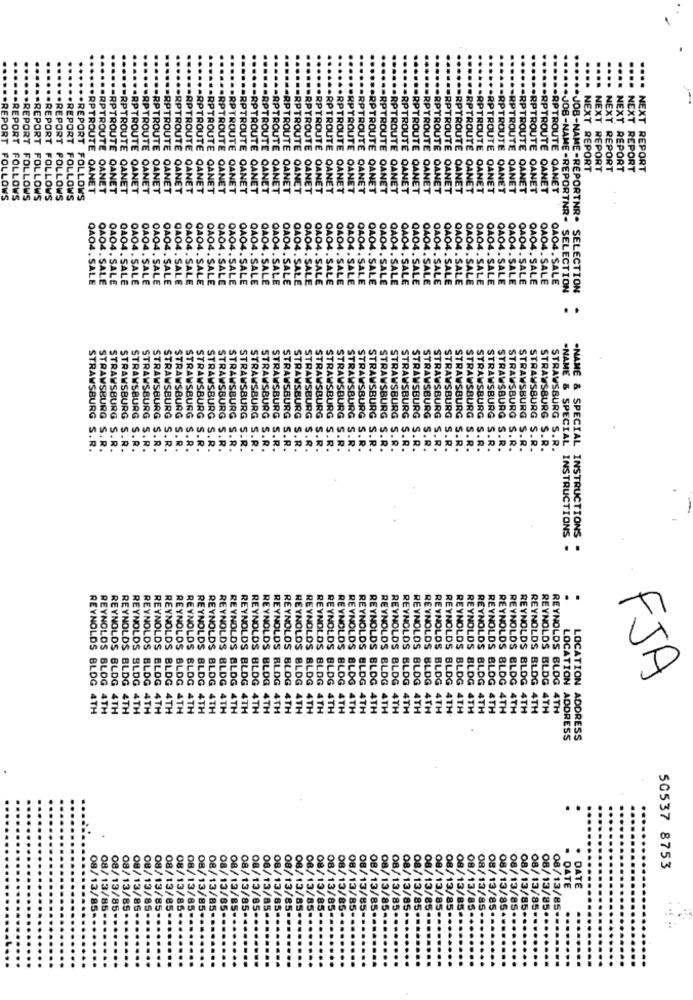
..
....
....
PORT
REPORT
.. REPORT
.. REPORT
.. REPORT
.REPORT
. REPORT
.. REPORT
.RPTROUTE
.RPTROUTE
-RPTROUTE
-RPTROUTE
RPTROUTE
.RPTROUTE
.RPTROUTE
.RPTROUTE
.RPTROUTE
.. RPTROUTE
.RPTROUTE
.RPTROUTE
.RPTROUTE
-RPTROUTE
== RPTROUTE
.- RPTROUTE
.RPTROUTE
-RPTROUTE
.RPTROUTE
.RPTROUTE
.RPTROUTE
.RPTROUTE
.RPTROUTE
.RPTROUTE
.. RPTROUTE
RPTROUTE
.RPTROUTE
-RPTROUTE
.RPTROUTE
.. RPTROUTE
.RPTROUTE
RPTROUTE
.RPTROUTE
.... NEXT REPORT
NEXT REPORT
.... NEXT REPORT
.... NEXT REPORT
NEXT REPORT
.... NEXT REPORT
OANET
OANET
QANET
QANET
QANET
OANET
OANET
QANET
OANET
QANET
QANET
QANET
OANET
OANET
OANET
QANET
OANET
OANET
OANET
DANET
OANET
OANET
OANET
OANET
QANET
QANET
QANET
OANET
OANET
OANET
.RPTROUTE OANET
RPTROUTE OANET
QANET
OANET
OANET
.RPTROUTE OANET
...... RPTROUTE CANET
...... RPTROUTE QANET
FOLLOWS
FOLLOWS
FOLLOWS
FOLLOWS
FOLLOWS
POLLOWS
FOLLOWS
FOLLOWS
.RPTROUTE OANET
.. RPTROUTE OANET
.. RPTROUTE QANET
.....- RPTROUTE QANET
.- RPTROUTE QANET
.- RPTROUTE OANET
OA
QAO4. S
SAL
QAO4. SALE
4. SALE
0AO4. SALE
OAO4. SALE
OAO4. SALE
OAO4 . SALE
QAO4. SALE
OAO4. SALE
QAO4. SALE
OAO4. SALE
QAO4 . SALE
OAO4 . SALE
OAO4. SALE
QAO4. SALE
QAO4. SALE
OAO4. SALE
QAO4. SALE
0404, SALE
OAO4. SALE
QAO4. SALE
QAO4 . SALE
QAO4. SALE
QAO4. SALE
4. SALE
QAO4. SALE
OAO4. SALE
QAO4. SALE
OAO4. SALE
OAO4, SALE
QAO4. SALE
OAO4. SALE
OAO4. SALE
0AO4. SALE
OAO4. SALE
QAO4. SALE
9AO4 . SALE
0AO4. SALE
0A04. SALE
OAO4. SALE
OAO4. SALE
OAO4. SALE
OAO4. SALE
0A04. SALE
...... JOB-NAME-REPORTNR- SELECTION
****** JOB-NAME-REPORTNR* SELECTION
.
STRAWSBURG
STRAWSBURG
STRAWSBURG
STRAWSBURG
STRAWSBURG
STRAWSBURG
STRAWSBURG
STRAWSBURG
STRAWSBURG
STRAWSBURG
STRAWSBURG
STRAWSBURG
STRAWSBURG
STRAWSBURG
STRAWSBURG
STRAWSBURG
STRAWSBURG
STRAWSBURG
STRAWSBURG
STRAWSBURG
STRAWSBURG
STRAWSBURG
STRAWSBURG
STRAWSBURG
STRAWSBURG
STRAWSBURG
STRAWSBURG
STRAWSBURG
STRAWSBURG
STRAWSBURG
STRAWSBURG
STRAWSBURG S.R
S. R
R.
STRAWSBURG S.R.
S.R.
S.R.
S.R.
STRAWSBURG S.R.
.R.
S.R.
.R.
S.R.
S.R.
S.R.
S.R.
S.R.
STRAWSBURG S.R.
S.R.
STRAWSBURG S.R.
S.R.
STRAWSBURG S.R.
STRAWSBURG S.R.
S.R.
.R.
STRAWSBURG S.R.
.R.
STRAWSBURG S.R.
.R.
. R.
STRAWSBURG S.R.
STRAWSBURG S.R.
STRAWSBURG S.R.
STRAWSBURG S.R.
-NAME & SPECIAL INSTRUCTIONS
-NAME & SPECIAL INSTRUCTIONS
...
REYNOLDS
REYNOLDS
REYNOLDS
REYNOLDS
FJA
REYNOLDS BLDG
REYNOLDS SLDG
REYNOLDS BLDG
REYNOLDS BLDG
REYNOLDS BLDG
REYNOLDS BLDG
REYNOLDS BLDG
REYNOLDS BLDG
REYNOLDS BLDG
REYNOLDS BLDG
BLOG
REYNOLDS BLDG
BLOG
BLDG
REYNOLDS BLDG
REYNOLDS BLDG
REYNOLDS BLDG
REYNOLDS BLDG
REYNOLDS BLDG
REYNOLDS BLDG
REYNOLDS BLOG
REYNOLDS BLOG
BLDG
REYNOLDS BLOG
REYNOLDS BLDG
REYNOLDS BLDG
REYNOLDS BLOG
REYNOLDS BLDG
REYNOLDS BLOG
REYNOLDS BLOG
LOCATION
REYNOLDS BLOG
REYNOLDS BLDG
REYNOLDS BLDG 4TH
REYNOLDS BLOG 4TH
4TH
REYNOLDS BLDG 4TH
4TH
REYNOLDS BLDG 4TH
4TH
REYNOLDS BLDG 4TH
REYNOLDS BLDG 4TH
4TH
4TH
4TH
4TH
4TH
4TH
REYNOLDS BLDG 4TH
REYNOLDS BLOG 4TH
4TH
4TH
REYNOLDS BLOG 4TH
4TH
4TH
4TH
4TH
4TH
4TH
4TH
4TH
4TH
4TH
4TH
4TH
4TH
REYNOLDS BLDG 4TH
4TH
REYNOLDS BLOG 4TH
REYNOLDS BLDG 4TH
4TH
4TH
4TH
4TH
4TH
ADDRESS
LOCATION ADDRESS
..
888
50537 8753
DATE
DATE
08/13/85
08/13/85
08/13/85.
08/13/85
08/13/85-
08/13/85
08/13/85-
08/ 13/85-
08/13/85-1
08/13/85-
08/13/85-
08/13/85.